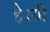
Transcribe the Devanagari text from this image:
हे।यी